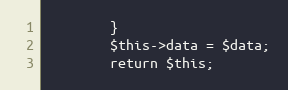
Language: PHP
        }
		$this->data = $data;
		return $this;